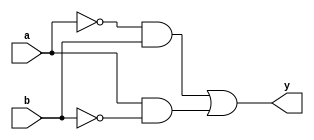
module xor_gate(
    input a,
    input b,
    output y
);

wire a_inv, b_inv, a_and_b_inv;

assign a_inv = ~a;
assign b_inv = ~b;
assign a_and_b_inv = a & b_inv;
assign y = a_inv & b | a & b_inv;

endmodule